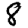
Digit: 8